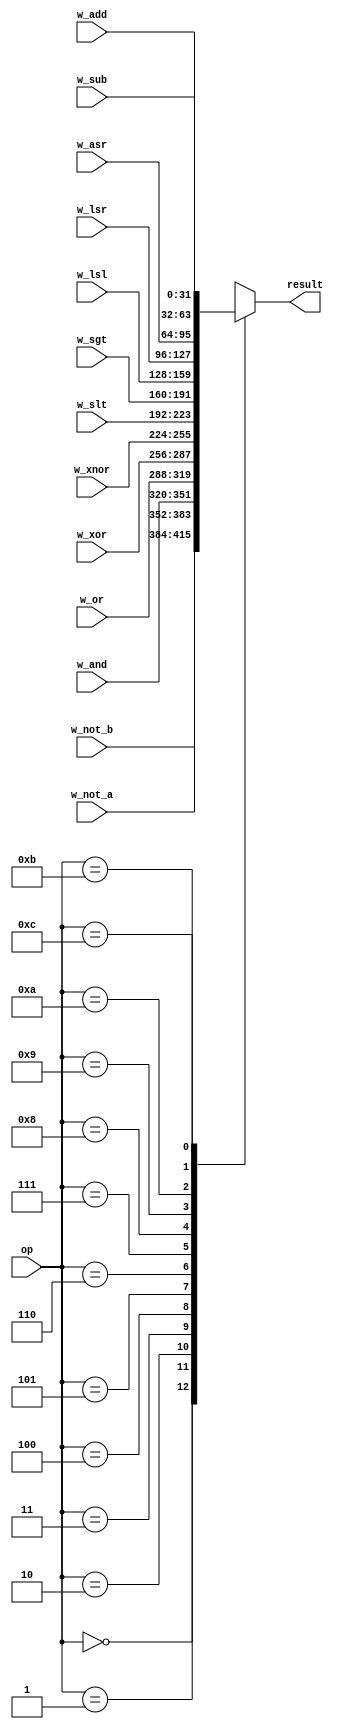
module mux13_32bit(w_not_a, w_not_b, w_and, w_or, w_xor, w_xnor, w_slt, w_sgt, w_lsl, w_lsr, w_asr, w_add, w_sub, op, result);
	input [31:0]w_not_a, w_not_b, w_and, w_or, w_xor, w_xnor, w_slt, w_sgt, w_lsl, w_lsr, w_asr, w_add, w_sub;
	input [3:0] op;
	output reg[31:0] result;
	
	always@(op or w_not_a or w_not_b or w_and or w_or or w_xor or w_xnor or w_slt or w_sgt or w_lsl or w_lsr or w_asr or w_add or w_sub)
	begin
		case(op)
		4'b0000 : result <= w_not_a;
		4'b0001 : result <= w_not_b;
		4'b0010 : result <= w_and;
		4'b0011 : result <= w_or;
		4'b0100 : result <= w_xor;
		4'b0101 : result <= w_xnor;
		4'b0110 : result <= w_slt;
		4'b0111 : result <= w_sgt;
		4'b1000 : result <= w_lsl;
		4'b1001 : result <= w_lsr;
		4'b1010 : result <= w_asr;
		4'b1011 : result <= w_add;
		4'b1100 : result <= w_sub;
		default : result <= 32'bx;
		endcase
	end
endmodule